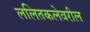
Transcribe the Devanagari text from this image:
ललितकलेवरील